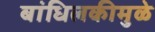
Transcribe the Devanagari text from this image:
बांधिलकीमुळे